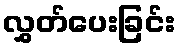
လွှတ်ပေးခြင်း